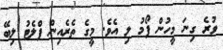
ވުރެ ގިނަ މީހުން ފޯމު ލި އެވެ. މީގެ ތެރެއިން ފްލެޓު ލިބޭ